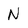
Character: N